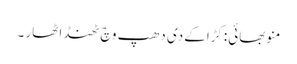
منو بھائی:کڑاکے دی دھپ وچ ٹھنڈا ٹھار ۔